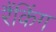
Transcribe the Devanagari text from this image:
रैंकिंग